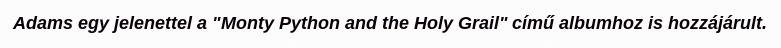
Adams egy jelenettel a "Monty Python and the Holy Grail" című albumhoz is hozzájárult.